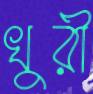
খুরী